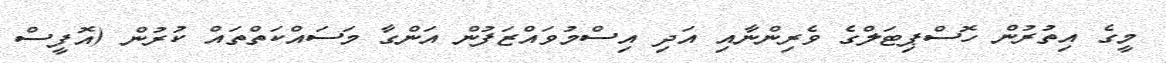
މީގެ އިތުރުން ހޮސްޕިޓަލްގެ ވެރިންނާއި އަދި އިސްމުވައްޒަފުން އަންގާ މަސައްކަތްތައް ކުރުން (އޮފީސް